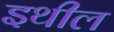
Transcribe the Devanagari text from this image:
इथील